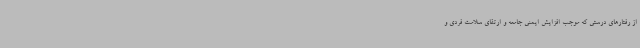
از رفتارهای درستی که موجب افزایش ایمنی جامعه و ارتقای سلامت فردی و